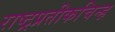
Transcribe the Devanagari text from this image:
राष्ट्रप्रतीकचिन्ह